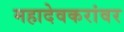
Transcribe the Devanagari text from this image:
महादेवकरांवर